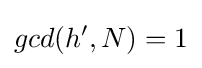
gcd(h',N)=1